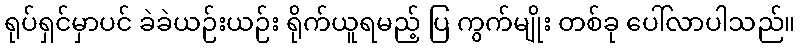
ရုပ်ရှင်မှာပင် ခဲခဲယဉ်းယဉ်း ရိုက်ယူရမည့် ပြ ကွက်မျိုး တစ်ခု ပေါ်လာပါသည်။